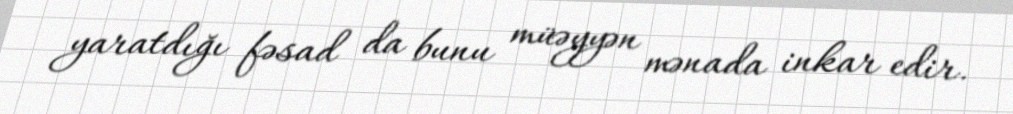
yaratdığı fəsad da bunu müəyyən mənada inkar edir.